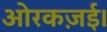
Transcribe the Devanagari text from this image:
ओरकज़ई।